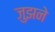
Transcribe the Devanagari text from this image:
जुझने